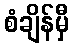
စံချိန်မှီ